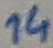
Text: 14